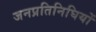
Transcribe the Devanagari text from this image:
जनप्रतिनिघियों